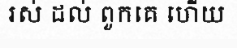
រស់ ដល់ ពួកគេ ហើយ